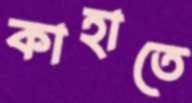
কাহাতে